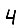
Digit: 4